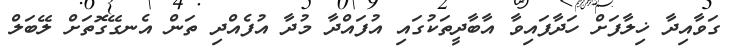
ގަވާއިދާ ޚިލާފަށް ހަދާފައިވާ އާބާދީތަކުގައި އުފައްދާ މުދާ އުފެއްދި ތަން އެނގޭގޮތަށް ލޭބަލް